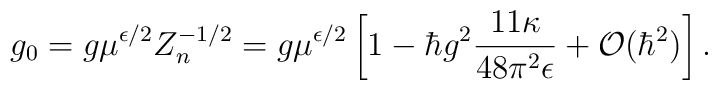
g_0 = g \mu^{\epsilon/2} Z_n^{-1/2}  = g \mu^{\epsilon/2} \left[1 - \hbar g^2 \frac{11 \kappa}{48 \pi^2 \epsilon} + {\cal O}(\hbar^2) \right].